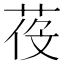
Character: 𦲴